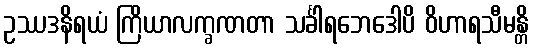
ဥဿဒနိရယံ ကြိယာလက္ခဏတာ သင်္ခါရဘေဒေါပိ ဝိဟာရသီမန္တိ